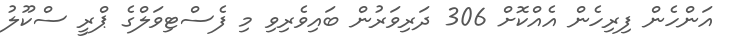
އަންހެން ފިރިހެން އެއްކޮށް 306 ދަރިވަރުން ބައިވެރިވި މި ފެސްޓިވަލްގެ ޕްރީ ސްކޫލު